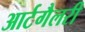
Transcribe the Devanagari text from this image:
आर्टगैलरी